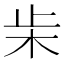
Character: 𣏔